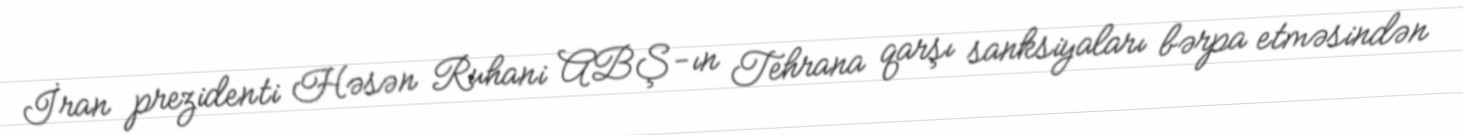
İran prezidenti Həsən Ruhani ABŞ-ın Tehrana qarşı sanksiyaları bərpa etməsindən